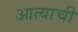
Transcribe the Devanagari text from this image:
आत्याची